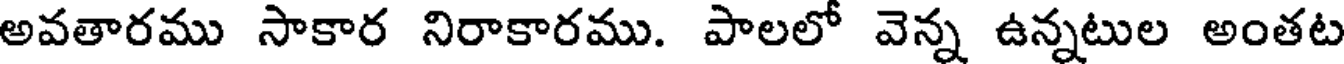
అవతారము సాకార నిరాకారము. పాలలో వెన్న ఉన్నటుల అంతట